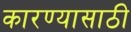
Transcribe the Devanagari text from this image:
कारण्यासाठी